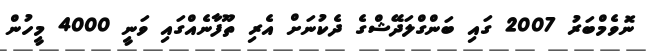
ނޮވެމްބަރު 2007 ގައި ބަންގްލަދޭޝްގެ ދެކުނަށް އެރި ތޫފާނެއްގައި ވަނީ 4000 މީހުން